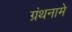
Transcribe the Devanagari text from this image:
ग्रंथनामे